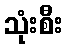
သုံးစီး